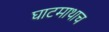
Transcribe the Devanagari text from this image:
घाटमाथाच